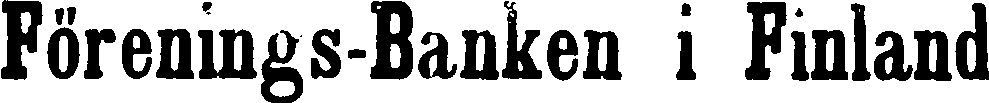
Förenings-Banken i Finland